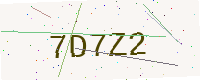
Text: 7D7Z2